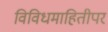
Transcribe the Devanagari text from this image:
विविधमाहितीपर